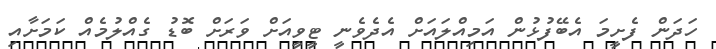
ހަދަން ފެށީމަ އެބޭފުޅުން އަމިއްލައަށް އެދެވެނީ ޓީވީއަށް ވަރަށް ބޮޑު ގެއްލުމެއް ކަމަށާއި